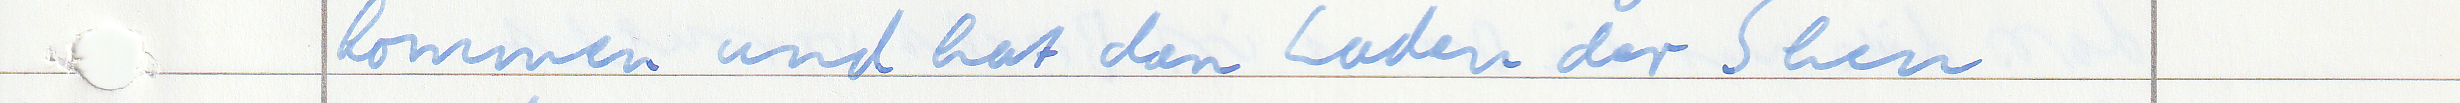
kommen und hat den Laden der Shen